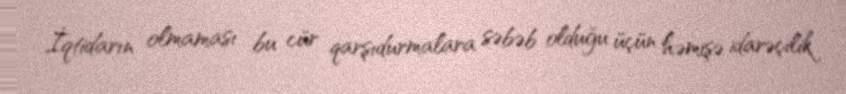
İqtidarın olmaması bu cür qarşıdurmalara səbəb olduğu üçün həmişə idarəçilik